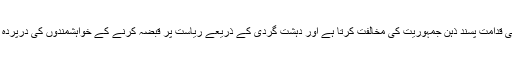
دوسری طرف یہی قدامت پسند ذہن جمہوریت کی مخالفت کرتا ہے اور دہشت گردی کے ذریعے ریاست پر قبضہ کرنے کے خواہشمندوں کی درپردہ حمایت کرتا ہے۔